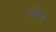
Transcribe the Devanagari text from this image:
औपदार